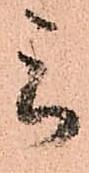
被